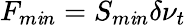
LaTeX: F_{m\mathit{i}n}=S_{m\mathit{i}n}\delta\nu_{t}